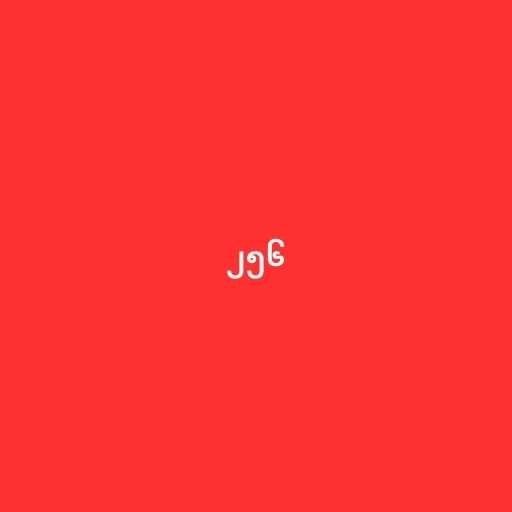
၂၅၆